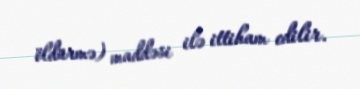
öldürmə) maddəsi ilə ittiham edilir.